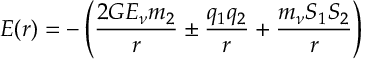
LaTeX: E ( r ) = - \left( \frac { 2 G E _ { \nu } m _ { 2 } } { r } \pm \frac { q _ { 1 } q _ { 2 } } { r } + \frac { m _ { \nu } S _ { 1 } S _ { 2 } } { r } \right)